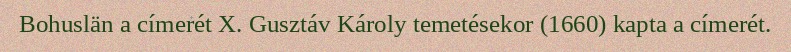
Bohuslän a címerét X. Gusztáv Károly temetésekor (1660) kapta a címerét.